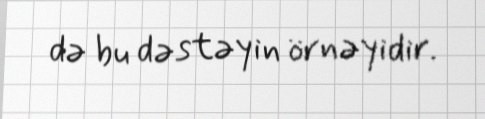
də bu dəstəyin örnəyidir.